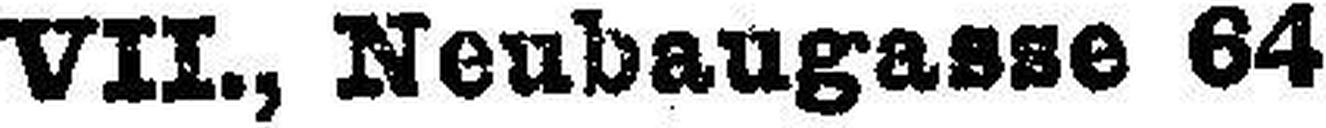
VII., Neubaugasse 64